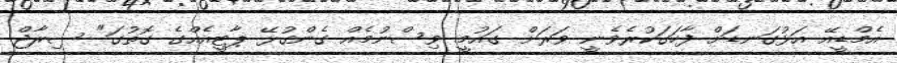
އެމްޑީއޭ އަޅުގަނޑަށް ފާހަގަކުރެވެނީ ވަރަށް ގައުމީ ވިސްނުމެއް ގެންގުޅޭ ޕާޓީއެއްގެ ގޮތުގަ" ސިރާޖް